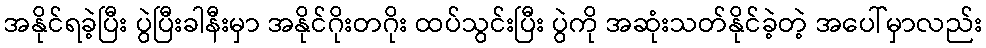
အနိုင်ရခဲ့ပြီး ပွဲပြီးခါနီးမှာ အနိုင်ဂိုးတဂိုး ထပ်သွင်းပြီး ပွဲကို အဆုံးသတ်နိုင်ခဲ့တဲ့ အပေါ်မှာလည်း